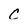
Character: C